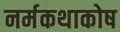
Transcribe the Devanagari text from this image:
नर्मकथाकोष